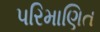
પરિમાણિત